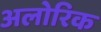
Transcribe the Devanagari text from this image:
अलोरिक